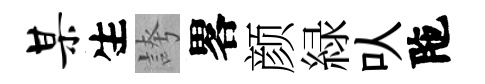
某生誇畧颜緑㕥陁